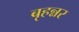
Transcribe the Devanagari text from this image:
बृहन्नर